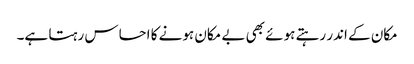
مکان کے اندر رہتے ہوئے بھی بے مکان ہونے کا احساس رہتا ہے۔